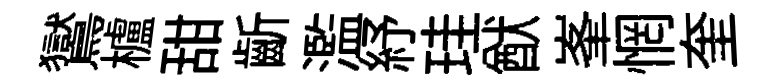
鸑櫨甜齗濫紓珪猷峯惘奎